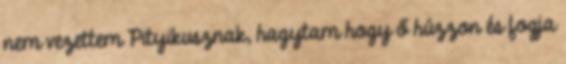
nem vezettem Pityikusznak, hagytam hogy ő húzzon és fogja